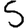
Digit: 5